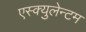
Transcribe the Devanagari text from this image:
एस्क्युलेन्टम